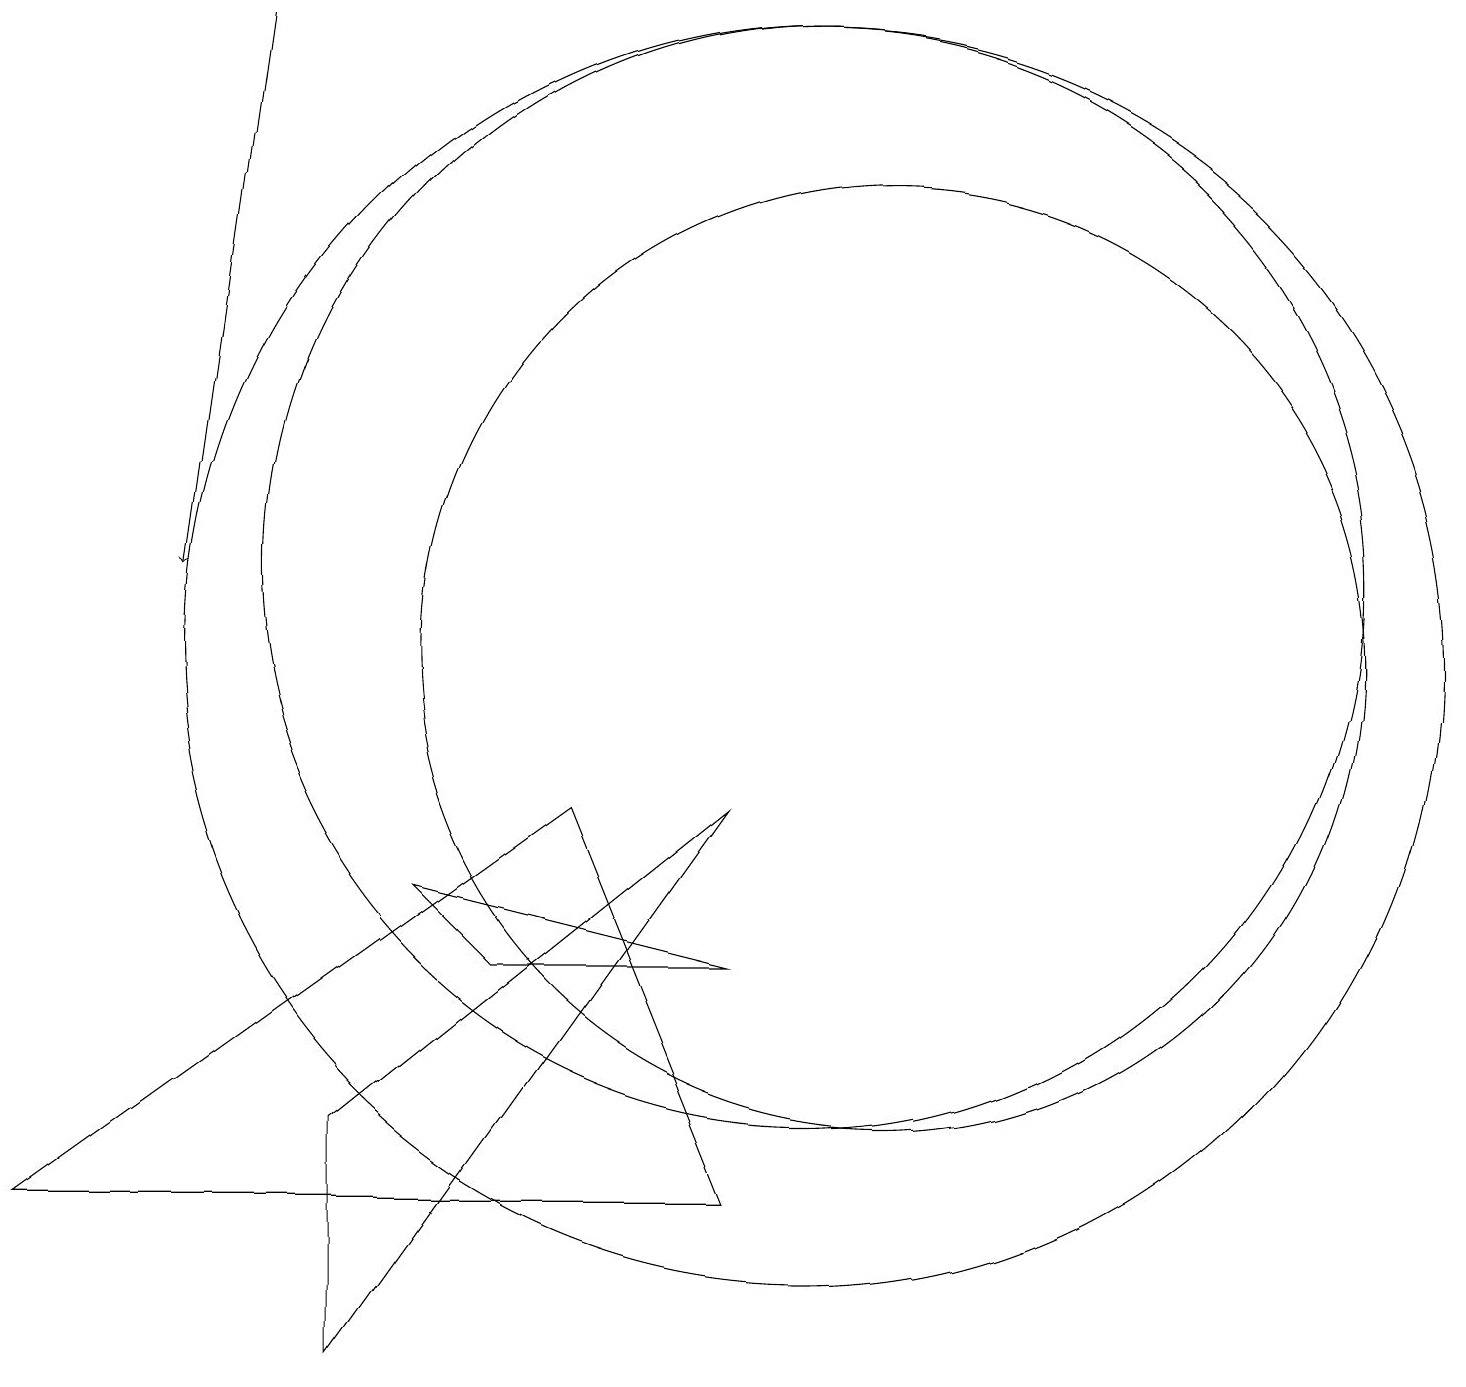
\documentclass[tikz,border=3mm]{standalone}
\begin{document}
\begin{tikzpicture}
\draw[->] (3,18) -- (2,11);
\draw (9,3) -- (7,8) -- (0,3) -- cycle;
\draw (9,6) -- (5,7) -- (6,6) -- cycle;
\draw (10,11) circle (7);
\draw (10,10) circle (8);
\draw (11,10) circle (6);
\draw (9,8) -- (4,1) -- (4,4) -- cycle;
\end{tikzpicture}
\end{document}